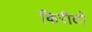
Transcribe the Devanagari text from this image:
किरीटों